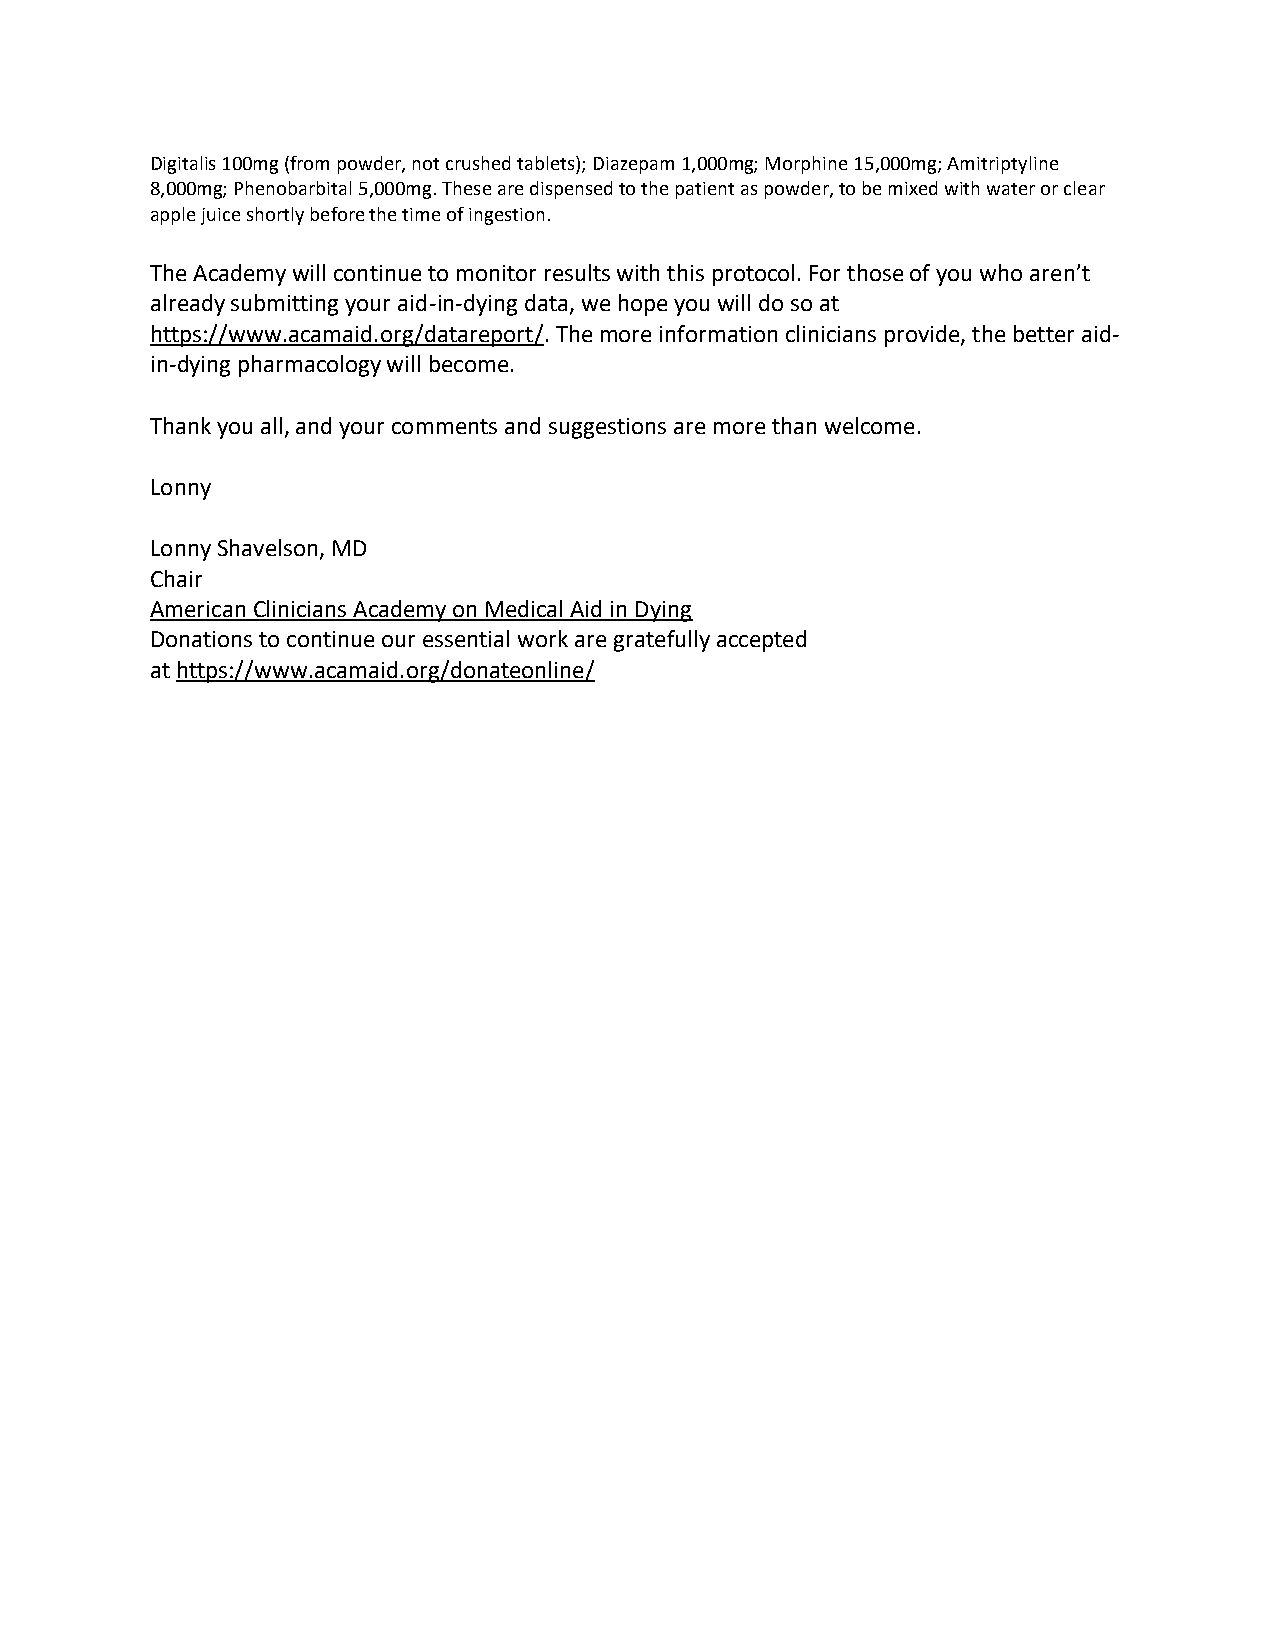
Digitalis 100mg (from powder, not crushed tablets); Diazepam 1,000mg; Morphine 15,000mg; Amitriptyline
 8,000mg; Phenobarbital 5,000mg. These are dispensed to the patient as powder, to be mixed with water or clear
 apple juice shortly before the time of ingestion.
 The Academy will continue to monitor results with this protocol. For those of you who aren’t
 already submitting your aid-in-dying data, we hope you will do so at
 https://www.acamaid.org/datareport/. The more information clinicians provide, the better aid-
 in-dying pharmacology will become.
 Thank you all, and your comments and suggestions are more than welcome.
 Lonny
 Lonny Shavelson, MD
 Chair
 American Clinicians Academy on Medical Aid in Dying
 Donations to continue our essential work are gratefully accepted
 at https://www.acamaid.org/donateonline/